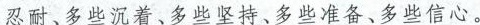
忍耐、多些沉着、多些坚持、多些准备、多些信心。